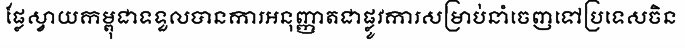
ផ្លែស្វាយកម្ពុជាទទួលបានការអនុញ្ញាតជាផ្លូវការសម្រាប់នាំចេញទៅប្រទេសចិន